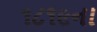
૧૮૧૯ના